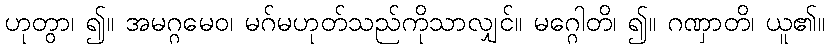
ဟုတွာ၊ ၍။ အမဂ္ဂမေဝ၊ မဂ်မဟုတ်သည်ကိုသာလျှင်။ မဂ္ဂေါတိ၊ ၍။ ဂဏှာတိ၊ ယူ၏။